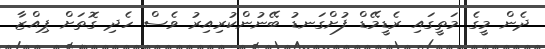
ދެން މީގެ މަތީގައި ރެޑީމޭޑް ފުށްގަނޑު ބޭނުންކުރިއިރު ވެސް ހެދި ގޮތަށް ޕިއްޒާ